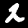
Label: 2